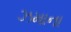
ઝમાના